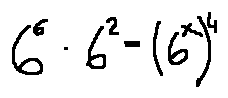
6 ^ { 6 } \cdot 6 ^ { 2 } = ( 6 ^ { x } ) ^ { 4 }